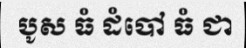
បូស ធំ ដំបៅ ធំ ជា